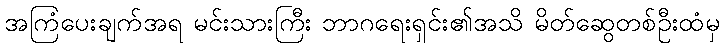
အကြံပေးချက်အရ မင်းသားကြီး ဘာဂရေးရှင်း၏အသိ မိတ်ဆွေတစ်ဦးထံမှ